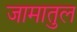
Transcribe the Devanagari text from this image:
जामातुल